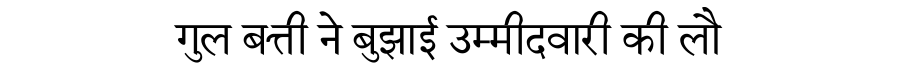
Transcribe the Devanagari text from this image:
गुल बत्ती ने बुझाई उम्मीदवारी की लौ